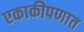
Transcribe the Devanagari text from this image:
एकाकीपणात